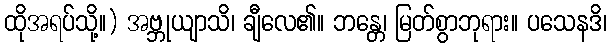
ထိုအရပ်သို့။) အဗ္ဘုယျာသိ၊ ချီလေ၏။ ဘန္တေ၊ မြတ်စွာဘုရား။ ပသေနဒိ၊